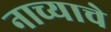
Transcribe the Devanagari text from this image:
नाच्याचे